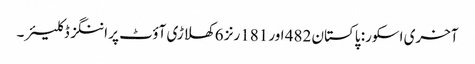
آخری اسکور: پاکستان 482 اور 181رنز 6 کھلاڑی آؤٹ پر اننگز ڈکلیئر۔